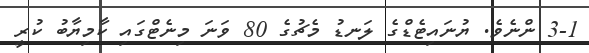
3-1 ންނެވެ. ޔުނައިޓެޑްގެ ލަނޑު މެޗުގެ 80 ވަނަ މިނެޓްގައި ކާމިޔާބު ކުރީ